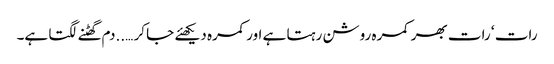
رات ‘ رات بھر کمرہ روشن رہتا ہے اور کمرہ دیکھئے جا کر …..دم گھٹنے لگتا ہے۔